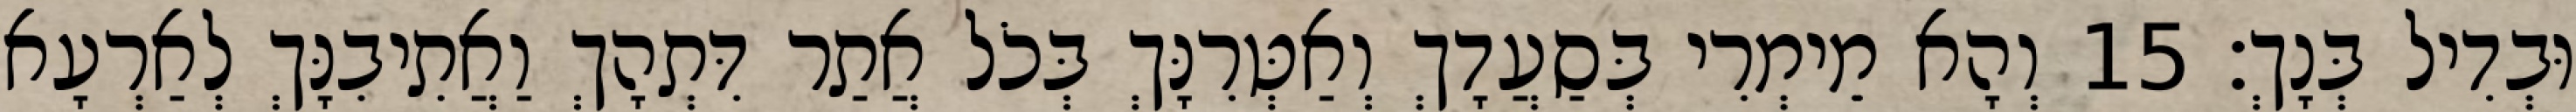
וּבְדִיל בְּנָךְ׃ 15 וְהָא מֵימְרִי בְּסַעֲדָךְ וְאַטְּרִנָּךְ בְּכֹל אֲתַר דִּתְהָךְ וַאֲתִיבִנָּךְ לְאַרְעָא